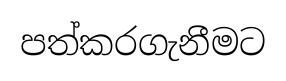
පත්කරගැනීමට